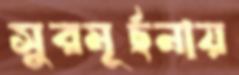
সুরমূর্ছনায়